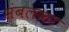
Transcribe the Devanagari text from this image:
संबलका